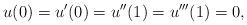
LaTeX: \begin{align*}u(0)=u'(0)=u''(1)=u'''(1)=0,\end{align*}